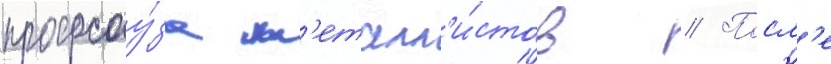
профсоу́за м'еталл'и́стов // Посл'е